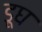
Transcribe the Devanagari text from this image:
डूघ